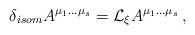
\begin{align*}\delta_{isom} A^{\mu_1\ldots\mu_s}={\cal L}_\xi A^{\mu_1\ldots\mu_s}\,,\end{align*}